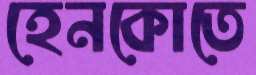
হেনকোতে